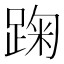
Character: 踘